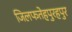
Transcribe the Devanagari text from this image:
जिलफतेहपुरहपुर